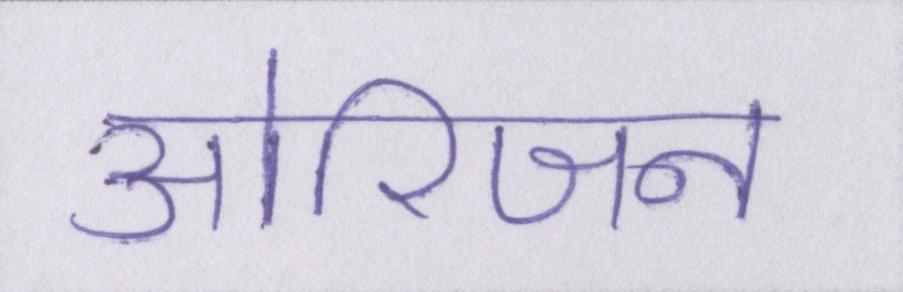
ओरिजन